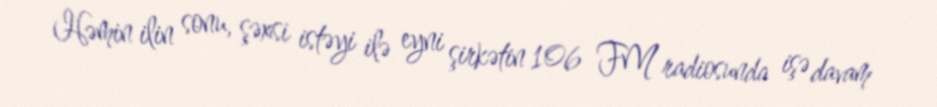
Həmin ilin sonu, şəxsi istəyi ilə eyni şirkətin 106 FM radiosunda işə davam